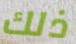
ذلك